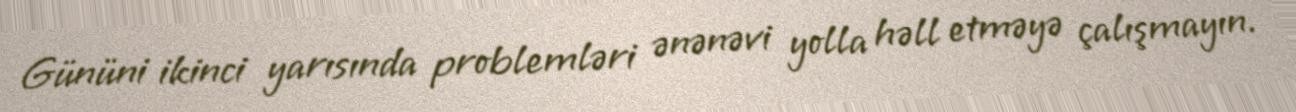
Gününi ikinci yarısında problemləri ənənəvi yolla həll etməyə çalışmayın.